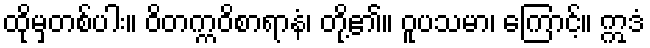
ထိုမှတစ်ပါး။ ဝိတက္ကဝိစာရာနံ၊ တို့၏။ ဝူပသမာ၊ ကြောင့်။ ဣဒံ